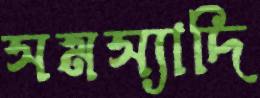
সমস্যাদি